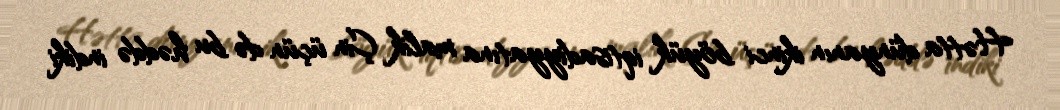
Hətta dünyanın ikinci böyük iqtisadiyyatına malik Çin üçün də bu həddə indiki